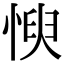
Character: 㥚